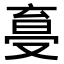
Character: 𠭩